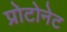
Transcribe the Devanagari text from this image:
प्रोटोनेट